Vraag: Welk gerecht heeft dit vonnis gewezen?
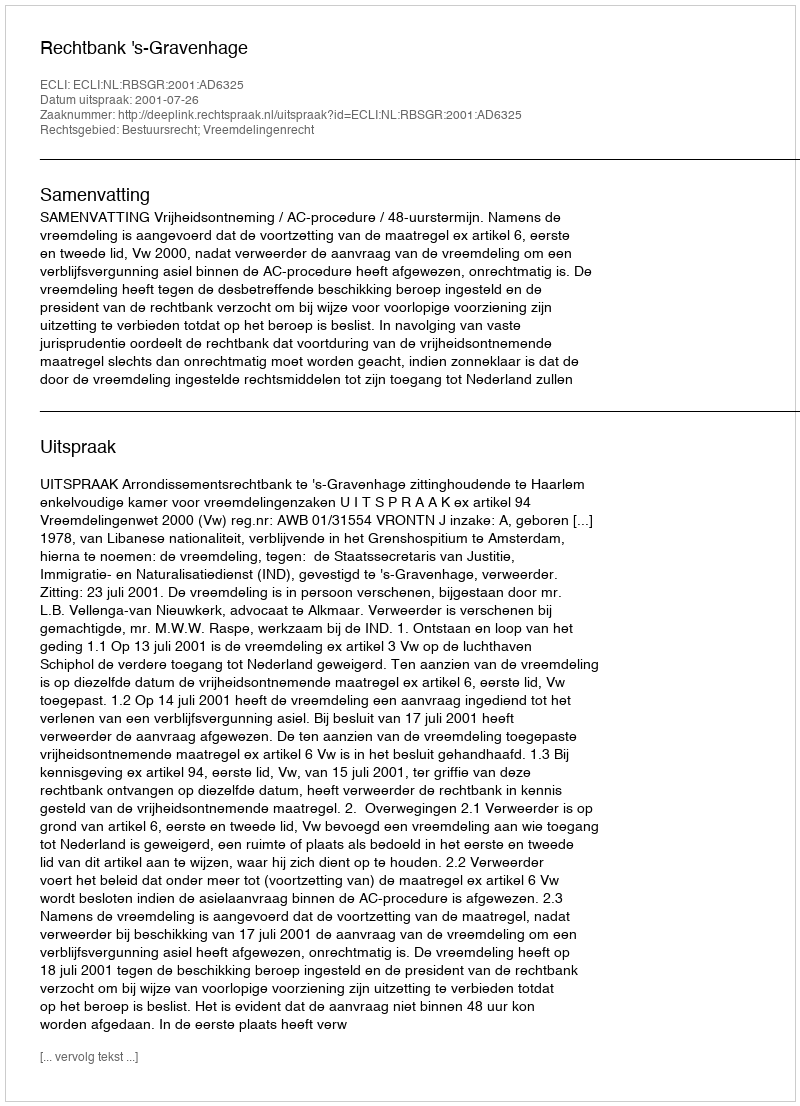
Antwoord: Rechtbank 's-Gravenhage